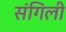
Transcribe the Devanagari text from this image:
संगिली